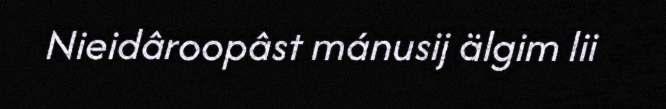
Nieidâroopâst mánusij älgim lii